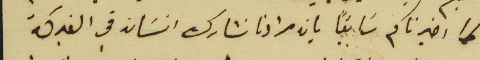
كما اخبرناكم سَابقًا بان مرادنا نشارك انسَان في الفبركة